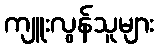
ကျူးလွန်သူများ